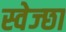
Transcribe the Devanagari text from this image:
स्वेज्छा